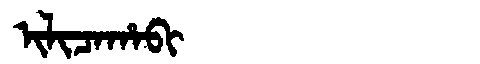
Manchu: ᡳᠯᡳᠴᠠᡥᠠᠪᡳ
Romanization: ILICAHABI